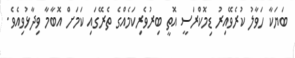
ބަޔަކާ ހަވާލު ކުރެވޭއިރު ޑިމޮކްރަސީ އޮތީ ބިރުވެރިކަމެއްގެ ތެރޭގައި ކަމަށް އޮބާމާ ވިދާޅުވިއެވެ.